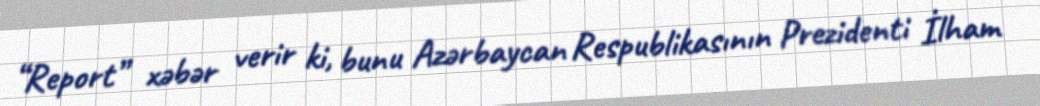
“Report” xəbər verir ki, bunu Azərbaycan Respublikasının Prezidenti İlham